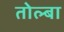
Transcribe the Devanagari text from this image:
तोल्बा